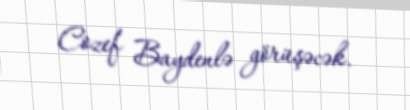
Cozef Baydenlə görüşəcək.